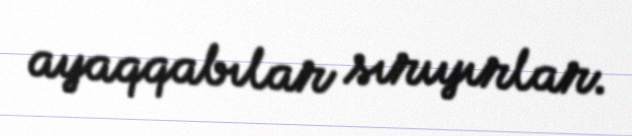
ayaqqabılar sırıyırlar.